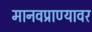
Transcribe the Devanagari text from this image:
मानवप्राण्यावर